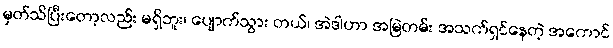
မှတ်သိပြီးတော့လည်း မရှိဘူး၊ ပျောက်သွား တယ်၊ အဲဒါဟာ အမြဲတမ်း အသက်ရှင်နေတဲ့ အကောင်